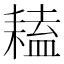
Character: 𦔏